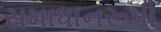
સમાધાનરૂપી